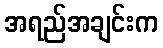
အရည်အချင်းက